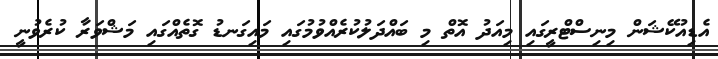
އެޑިއުކޭޝަން މިނިސްޓްރީގައި މިއަދު އޮތް މި ބައްދަލުކުރެއްވުމުގައި މައިގަނޑު ގޮތެއްގައި މަޝްވަރާ ކުރެވުނީ